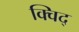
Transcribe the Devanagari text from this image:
क्विद्